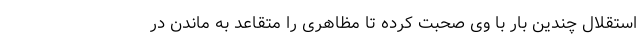
استقلال چندین بار با وی صحبت کرده تا مظاهری را متقاعد به ماندن در